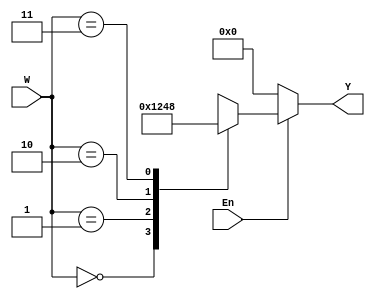
`timescale 1ns / 1ps
`default_nettype none

module two_four_decoder(
    input wire [1:0] W, //2 bit W input
    input wire En, //input wire Enable
    output reg [3:0] Y // reg 4 bit output Y
    );
    
    always@(W or En) // Trigger when En or W changes
        begin
            if(En == 1'b1) // if enable is 1 
                case(W) // start the case
                    2'b00: Y = 4'b0001; // 4 bit, y[0]
                    2'b01: Y = 4'b0010; // y[1]
                    2'b10: Y = 4'b0100; // y[2]
                    2'b11: Y = 4'b1000; // light up y[3]
                endcase // end the case
            else // if enable is not on, disable output
                Y = 4'b0000; // set them all to 0
        end
endmodule // end it